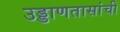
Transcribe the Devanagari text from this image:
उड्डाणतासांची